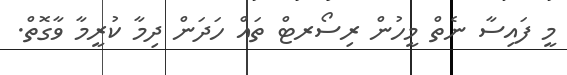
މީ ފައިސާ ނެތް މީހުން ރިސޯރޓް ތައް ހަދަން ދިމާ ކުރީމާ ވާގޮތް.